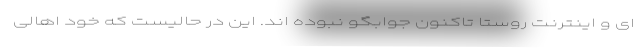
ای و اینترنت روستا تاکنون جوابگو نبوده اند. این در حالیست که خود اهالی